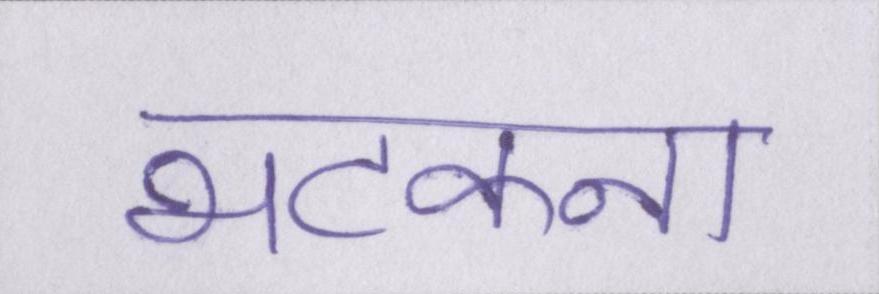
भटकना